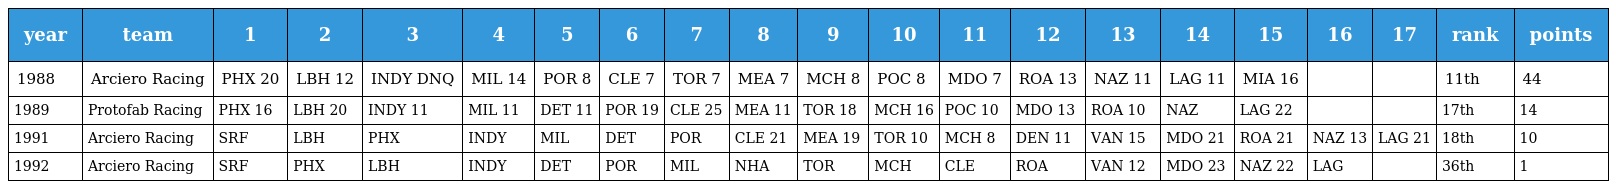
| year | team | 1 | 2 | 3 | 4 | 5 | 6 | 7 | 8 | 9 | 10 | 11 | 12 | 13 | 14 | 15 | 16 | 17 | rank | points |
 | --- | --- | --- | --- | --- | --- | --- | --- | --- | --- | --- | --- | --- | --- | --- | --- | --- | --- | --- | --- | --- |
 | 1988 | Arciero Racing | PHX 20 | LBH 12 | INDY DNQ | MIL 14 | POR 8 | CLE 7 | TOR 7 | MEA 7 | MCH 8 | POC 8 | MDO 7 | ROA 13 | NAZ 11 | LAG 11 | MIA 16 |  |  | 11th | 44 |
 | 1989 | Protofab Racing | PHX 16 | LBH 20 | INDY 11 | MIL 11 | DET 11 | POR 19 | CLE 25 | MEA 11 | TOR 18 | MCH 16 | POC 10 | MDO 13 | ROA 10 | NAZ | LAG 22 |  |  | 17th | 14 |
 | 1991 | Arciero Racing | SRF | LBH | PHX | INDY | MIL | DET | POR | CLE 21 | MEA 19 | TOR 10 | MCH 8 | DEN 11 | VAN 15 | MDO 21 | ROA 21 | NAZ 13 | LAG 21 | 18th | 10 |
 | 1992 | Arciero Racing | SRF | PHX | LBH | INDY | DET | POR | MIL | NHA | TOR | MCH | CLE | ROA | VAN 12 | MDO 23 | NAZ 22 | LAG |  | 36th | 1 |